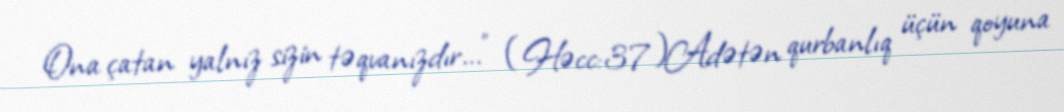
Ona çatan yalnız sizin təqvanızdır...” (Həcc:37)Adətən qurbanlıq üçün qoyuna